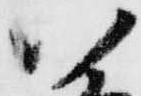
八